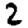
Digit: 2